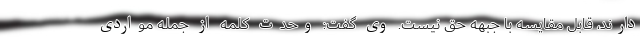
دارند، قابل مقایسه با جبهه حق نیست. وی گفت: وحدت کلمه از جمله مواردی